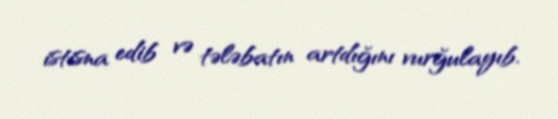
istisna edib və tələbatın artdığını vurğulayıb.